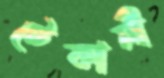
টেকানী